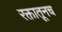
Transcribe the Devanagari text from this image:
रक्तातूनच